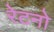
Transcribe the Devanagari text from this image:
रेटनो